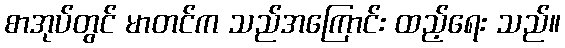
စာအုပ်တွင် မာတင်က သည်အကြောင်း ထည့်ရေး သည်။